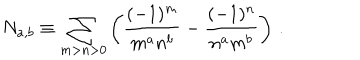
LaTeX: N _ { a , b } \equiv \sum _ { m > n > 0 } \left( \frac { ( - 1 ) ^ { m } } { m ^ { a } n ^ { b } } - \frac { ( - 1 ) ^ { n } } { n ^ { a } m ^ { b } } \right) \, .